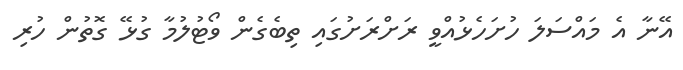
އޭނާ އެ މައްސަލަ ހުށަހެޅުއްވީ ރަށްރަށުގައި ތިބެގެން ވޯޓުލުމާ ގުޅޭ ގޮތުން ހުރި